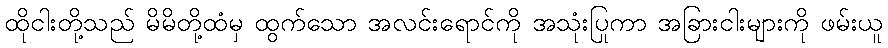
ထိုငါးတို့သည် မိမိတို့ထံမှ ထွက်သော အလင်းရောင်ကို အသုံးပြုကာ အခြားငါးများကို ဖမ်းယူ